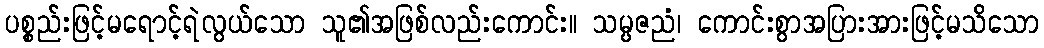
ပစ္စည်းဖြင့်မရောင့်ရဲလွယ်သော သူ၏အဖြစ်လည်းကောင်း။ သမ္ပဇညံ၊ ကောင်းစွာအပြားအားဖြင့်မသိသော